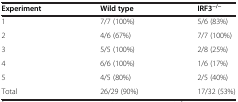
| Experiment | Wild type | IRF3−/− |
 | --- | --- | --- |
 | 1 | 7/7 (100%) | 5/6 (83%) |
 | 2 | 4/6 (67%) | 7/7 (100%) |
 | 3 | 5/5 (100%) | 2/8 (25%) |
 | 4 | 6/6 (100%) | 1/6 (17%) |
 | 5 | 4/5 (80%) | 2/5 (40%) |
 | Total | 26/29 (90%) | 17/32 (53%) |